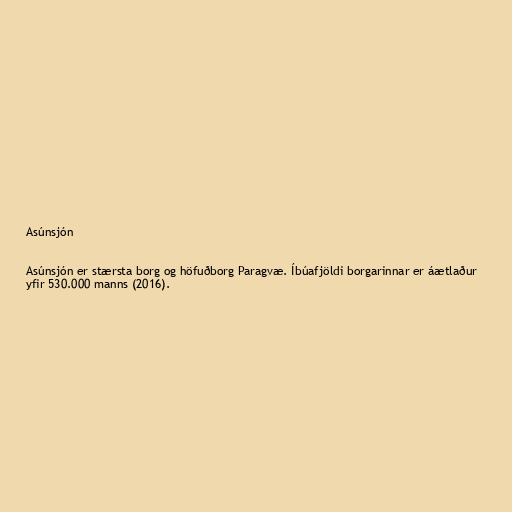
Asúnsjón

Asúnsjón er stærsta borg og höfuðborg Paragvæ. Íbúafjöldi borgarinnar er áætlaður
yfir 530.000 manns (2016).